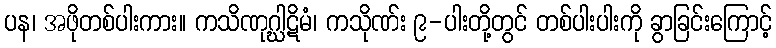
ပန၊ အဖိုတစ်ပါးကား။ ကသိဏုဂ္ဃါဋိမံ၊ ကသိုဏ်း ၉-ပါးတို့တွင် တစ်ပါးပါးကို ခွာခြင်းကြောင့်